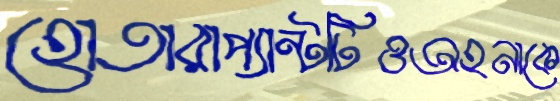
হোতারাপ্যান্টটিওঅহনাকে